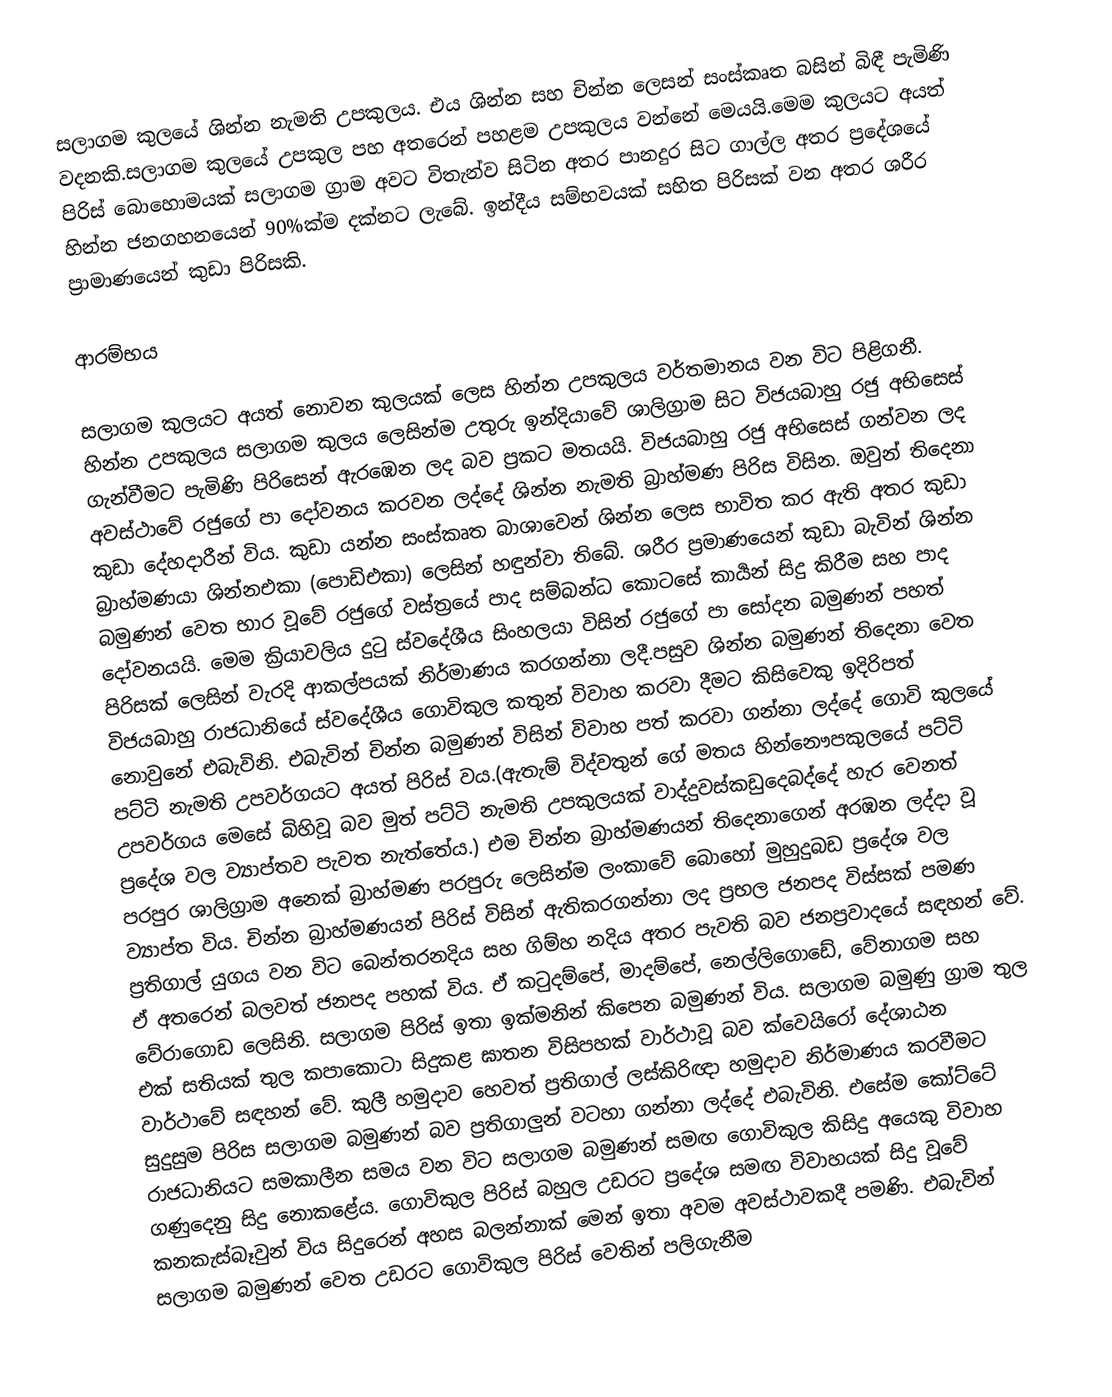
සලාගම කුලයේ ශින්න නැමති උපකුලය. එය ශින්න සහ චින්න ලෙසන් සංස්කෘත බසින් බිඳී පැමිණි වදනකි.සලාගම කුලයේ උපකුල පහ අතරෙන් පහළම උපකුලය වන්නේ මෙයයි.මෙම කුලයට අයත් පිරිස් බොහොමයක් සලාගම ග්‍රාම අවට විතැන්ව සිටින අතර පානදුර සිට ගාල්ල අතර ප්‍රදේශයේ හින්න ජනගහනයෙන් 90%ක්ම දක්නට ලැබේ. ඉන්දීය  සම්භවයක් සහිත පිරිසක් වන අතර ශරීර ප්‍රාමාණයෙන් කුඩා පිරිසකි.

ආරම්භය

සලාගම කුලයට  අයත් නොවන  කුලයක් ලෙස හින්න උපකුලය වර්තමානය වන විට පිළිගනී.  හින්න උපකුලය සලාගම කුලය ලෙසින්ම උතුරු ඉන්දියාවේ ශාලිග්‍රාම සිට විජයබාහු රජු අභිසෙස් ගැන්වීමට පැමිණි පිරිසෙන් ඇරඹෙන ලද බව ප්‍රකට මතයයි. විජයබාහු රජු අභිසෙස් ගන්වන ලද අවස්ථාවේ රජුගේ පා දෝවනය කරවන ලද්දේ ශින්න නැමති බ්‍රාහ්මණ පිරිස විසින. ඔවුන් තිදෙනා කුඩා දේහදාරීන් විය. කුඩා යන්න සංස්කෘත බාශාවෙන් ශින්න ලෙස භාවිත කර ඇති අතර කුඩා බ්‍රාහ්මණයා ශින්නඑකා (පොඩිඑකා) ලෙසින් හඳුන්වා තිබේ. ශරීර ප්‍රමාණයෙන් කුඩා බැවින් ශින්න බමුණන් වෙත භාර වූවේ රජුගේ වස්ත්‍රයේ පාද සම්බන්ධ කොටසේ කාර්‍යන් සිදු කිරීම සහ පාද දෝවනයයි. මෙම ක්‍රියාවලිය දුටු ස්වදේශීය සිංහලයා විසින් රජුගේ පා සෝදන බමුණන් පහත් පිරිසක්  ලෙසින් වැරදි ආකල්පයක් නිර්මාණය කරගන්නා ලදී.පසුව ශින්න බමුණන් තිදෙනා වෙත විජයබාහු රාජධානියේ ස්වදේශීය  ගොවිකුල කතුන් විවාහ කරවා දීමට කිසිවෙකු ඉදිරිපත් නොවුනේ එබැවිනි.  එබැවින් චින්න බමුණන් විසින් විවාහ  පත් කරවා ගන්නා ලද්දේ ගොවි කුලයේ පට්ටි නැමති උපවර්ගයට අයත් පිරිස් වය.(ඇතැම් විද්වතුන් ගේ මතය හින්නෞපකුලයේ පට්ටි උපවර්ගය මෙසේ බිහිවූ බව මුත් පට්ටි නැමති උපකුලයක් වාද්දුවස්කඩුදෙබද්දේ හැර වෙනත් ප්‍රදේශ වල ව්‍යාප්‍තව පැවත නැත්තේය.) එම චින්න බ්‍රාහ්මණයන් තිදෙනාගෙන් අරඹන ලද්දා වූ පරපුර ශාලිග්‍රාම අනෙක් බ්‍රාහ්මණ පරපුරු ලෙසින්ම ලංකාවේ බොහෝ මුහුදුබඩ ප්‍රදේශ වල ව්‍යාප්ත විය. චින්න බ්‍රාහ්මණයන් පිරිස් විසින් ඇතිකරගන්නා ලද ප්‍රභල ජනපද විස්සක් පමණ ප්‍රතිගාල් යුගය වන විට බෙන්තරනදිය සහ ගිම්හ නදිය අතර පැවති බව ජනප්‍රවාදයේ සඳහන් වේ. ඒ අතරෙන් බලවත් ජනපද පහක් විය. ඒ කටුදම්පේ, මාදම්පේ, නෙල්ලිගොඩේ, වේනාගම සහ වේරාගොඩ ලෙසිනි. සලාගම පිරිස් ඉතා ඉක්මනින් කිපෙන බමුණන් විය. සලාගම බමුණු ග්‍රාම තුල එක් සතියක් තුල කපාකොටා සිදුකළ ඝාතන විසිපහක් වාර්ථාවූ බව ක්වෙයිරෝ දේශාඨන වාර්ථාවේ සඳහන් වේ. කුලී හමුදාව හෙවත් ප්‍රතිගාල් ලස්කිරිඥා හමුදාව නිර්මාණය කරවීමට සුදුසුම පිරිස සලාගම බමුණන් බව ප්‍රතිගාලුන් වටහා ගන්නා ලද්දේ එබැවිනි. එසේම කෝට්ටේ රාජධානියට සමකාලීන සමය වන විට සලාගම බමුණන් සමඟ ගොවිකුල කිසිදු අයෙකු විවාහ ගණුදෙනු සිදු නොකළේය. ගොවිකුල පිරිස් බහුල උඩරට ප්‍රදේශ සමඟ විවාහයක් සිදු වූවේ කනකැස්බෑවුන් විය සිදුරෙන් අහස බලන්නාක් මෙන් ඉතා අවම අවස්ථාවකදී පමණි. එබැවින් සලාගම බමුණන් වෙත උඩරට ගොවිකුල පිරිස් වෙතින් පලිගැනීම